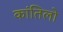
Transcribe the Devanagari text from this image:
कांतिलो